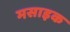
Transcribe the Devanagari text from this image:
मसाइक